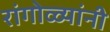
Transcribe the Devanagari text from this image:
रांगोळ्यांनी